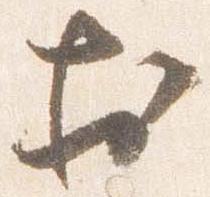
於